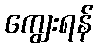
ကျွေးရန်